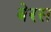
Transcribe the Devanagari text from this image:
बेरस